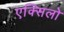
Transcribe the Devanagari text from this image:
एक्सिलो